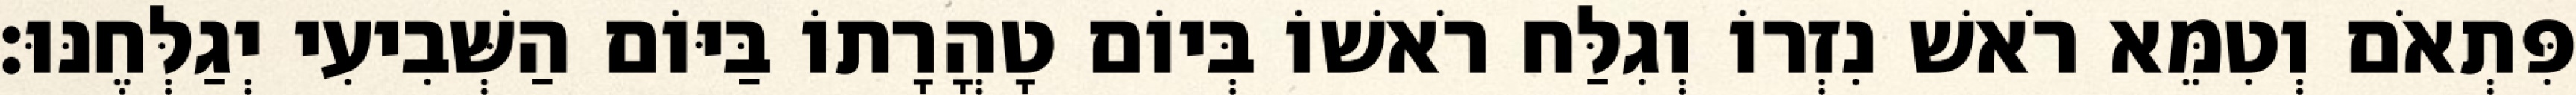
פִּתְאֹם וְטִמֵּא רֹאשׁ נִזְרוֹ וְגִלַּח רֹאשׁוֹ בְּיוֹם טָהֳרָתוֹ בַּיּוֹם הַשְּׁבִיעִי יְגַלְּחֶנּוּ׃